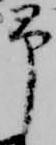
予